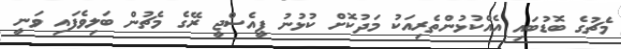
މެޗުގެ ބޮޑުބައި އެއްކުޅުންތެރިއަކު މަދުކޮށް ކުޅުނު ޕީއެސްޖީ ރޭގެ މެޗުން ބަލިވެފައި ވަނީ